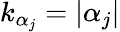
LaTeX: k_{\alpha_{j}}=|\alpha_{j}|